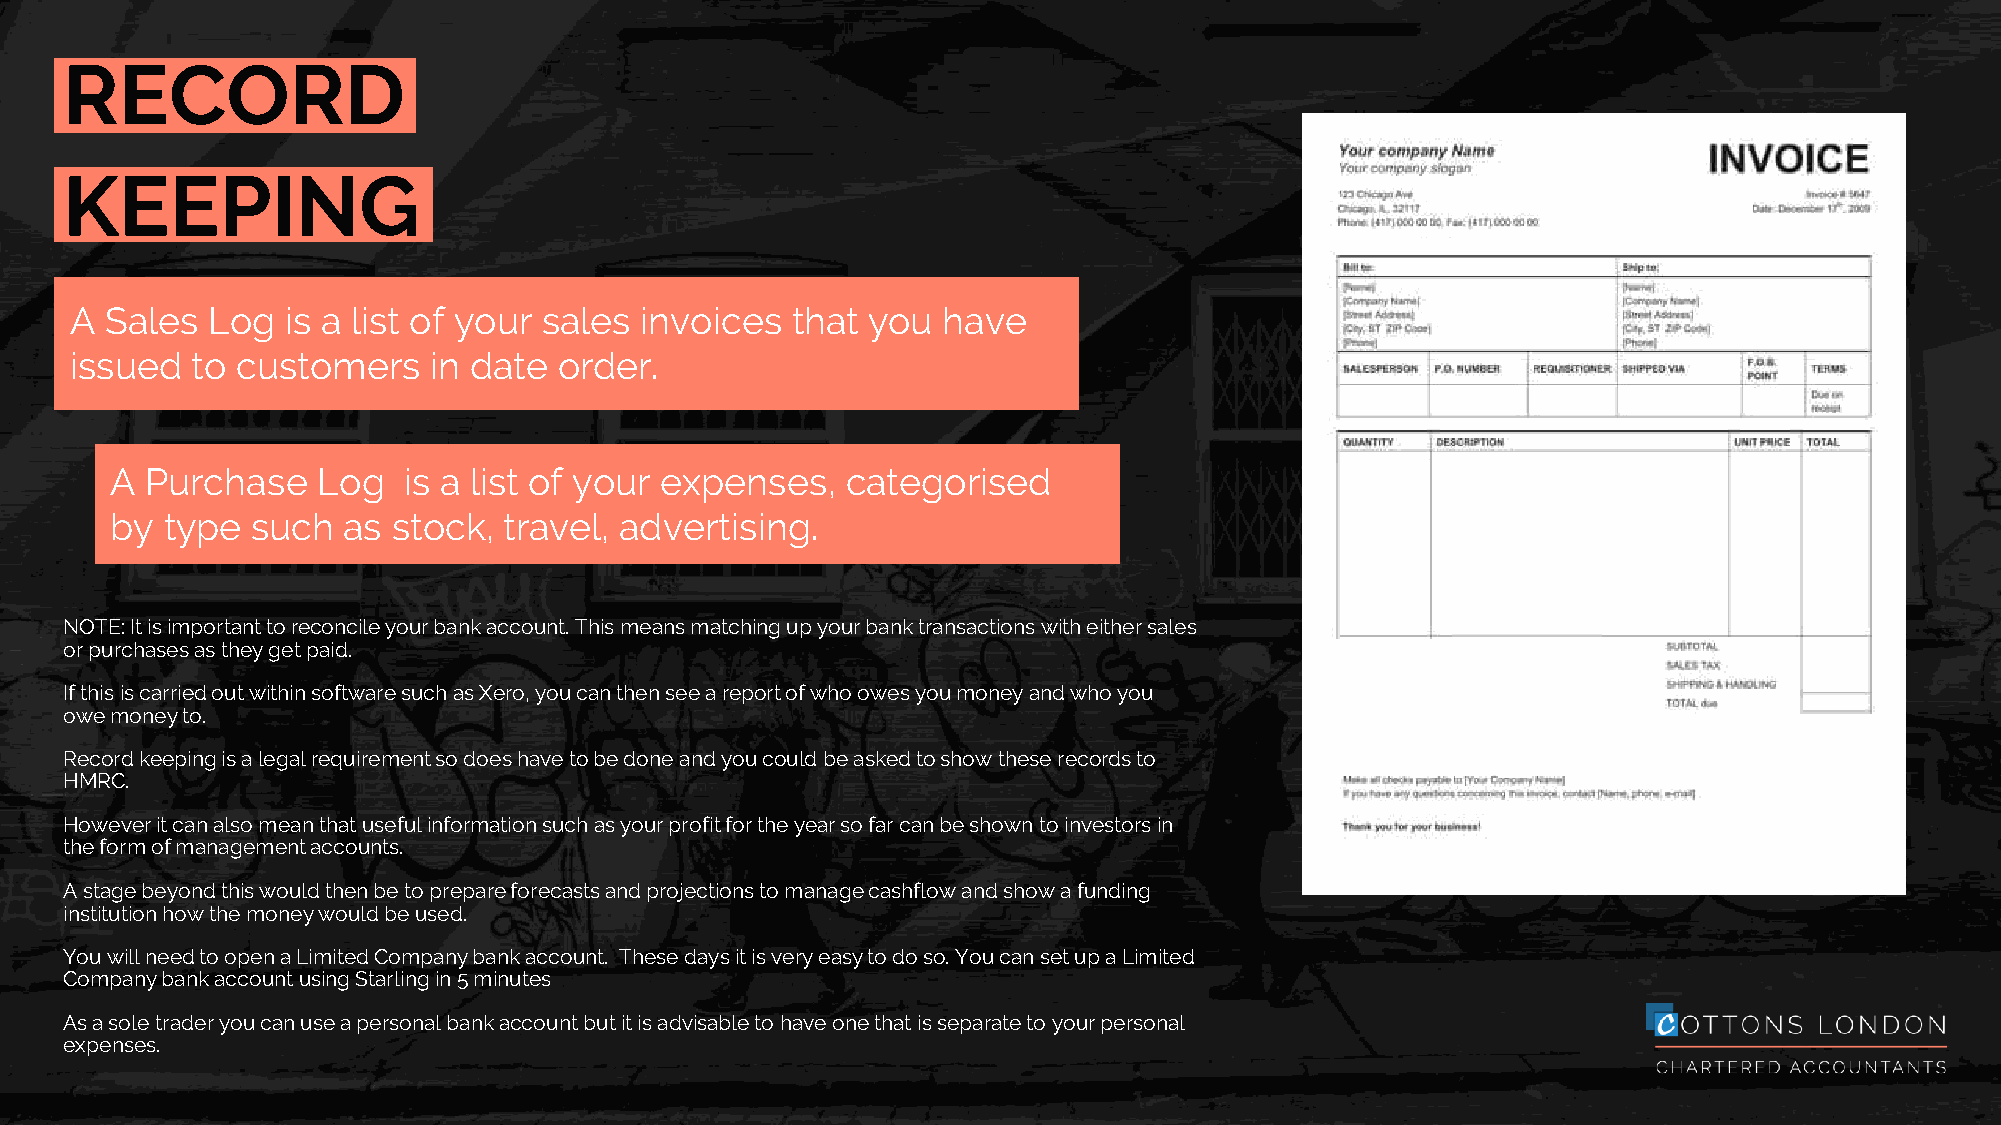
RECORD
 KEEPING
 A Sales  Log  is a list of your sales invoices that you  have
 issued  to customers   in date  order.
 A  Purchase   Log   is a list of your expenses,  categorised
 by  type  such  as stock, travel, advertising.
 NOTE: It is important to reconcile your bank account. This means matching up your bank transactions with either sales
 or purchases as they get paid.
 If this is carried out within software such as Xero, you can then see a report of who owes you money and who you
 owe money to.
 Record keeping is a legal requirement so does have to be done and you could be asked to show these records to
 HMRC.
 However it can also mean that useful information such as your profit for the year so far can be shown to investors in
 the form of management accounts.
 A stage beyond this would then be to prepare forecasts and projections to manage cashflow and show a funding
 institution how the money would be used.
 You will need to open a Limited Company bank account. These days it is very easy to do so. You can set up a Limited
 Company bank account using Starling in 5 minutes
 As a sole trader you can use a personal bank account but it is advisable to have one that is separate to your personal
 expenses.